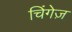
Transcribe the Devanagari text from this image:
चिंगेज़